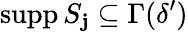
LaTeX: \operatorname{supp}S_{\mathbf{j}}\subseteq\Gamma(\delta^{\prime})